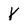
Character: Y